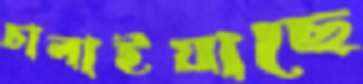
চালাইয়াছে